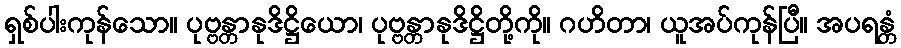
ရှစ်ပါးကုန်သော။ ပုဗ္ဗန္တာနုဒိဋ္ဌိယော၊ ပုဗ္ဗန္တာနုဒိဋ္ဌိတို့ကို။ ဂဟိတာ၊ ယူအပ်ကုန်ပြီ။ အပရန္တံ